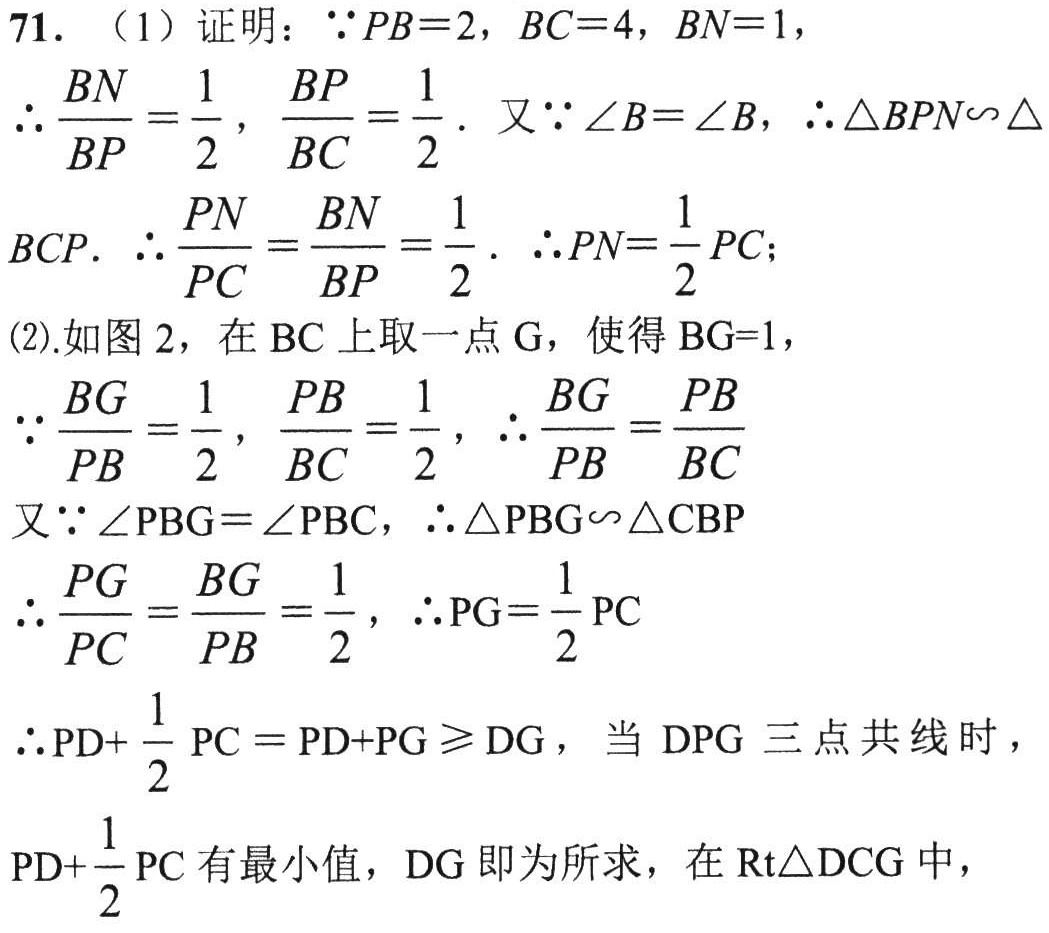
71. （1）证明：$\because PB = 2$，$BC = 4$，$BN = 1$，
$\therefore \frac{BN}{BP}=\frac{1}{2}$，$\frac{BP}{BC}=\frac{1}{2}$. 又$\because \angle B=\angle B$，$\therefore \triangle BPN\sim\triangle BCP$.
$\therefore \frac{PN}{PC}=\frac{BN}{BP}=\frac{1}{2}$. $\therefore PN=\frac{1}{2}PC$；
(2).如图 2，在$BC$上取一点$G$，使得$BG = 1$，
$\because \frac{BG}{PB}=\frac{1}{2}$，$\frac{PB}{BC}=\frac{1}{2}$，$\therefore \frac{BG}{PB}=\frac{PB}{BC}$
又$\because \angle PBG=\angle PBC$，$\therefore \triangle PBG\sim\triangle CBP$
$\therefore \frac{PG}{PC}=\frac{BG}{PB}=\frac{1}{2}$，$\therefore PG=\frac{1}{2}PC$
$\therefore PD+\frac{1}{2}PC = PD + PG\geq DG$，当$DPG$三点共线时，
$PD+\frac{1}{2}PC$有最小值，$DG$即为所求，在$Rt\triangle DCG$中，